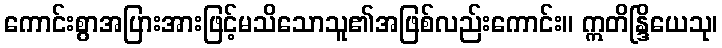
ကောင်းစွာအပြားအားဖြင့်မသိသောသူ၏အဖြစ်လည်းကောင်း။ ဣတိန္ဒြိယေသု၊